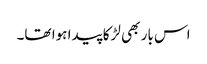
اس بار بھی لڑکا پیدا ہوا تھا۔